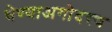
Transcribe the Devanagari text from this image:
घेण्याअगोदरच